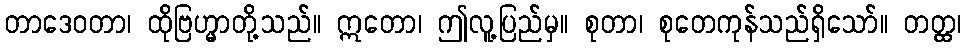
တာဒေဝတာ၊ ထိုဗြဟ္မာတို့သည်။ ဣတော၊ ဤလူ့ပြည်မှ။ စုတာ၊ စုတေကုန်သည်ရှိသော်။ တတ္ထ၊